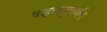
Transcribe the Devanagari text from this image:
षड्‌ऋतुवर्णन